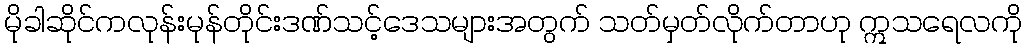
မိုခါဆိုင်ကလုန်းမုန်တိုင်းဒဏ်သင့်ဒေသများအတွက် သတ်မှတ်လိုက်တာဟု ဣသရေလကို